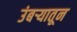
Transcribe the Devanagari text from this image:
उंबऱ्यातून